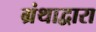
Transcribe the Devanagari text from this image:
ग्रंथाद्वारा